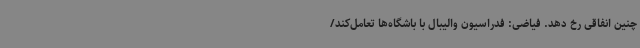
چنین انفاقی رخ دهد. فیاضی: فدراسیون والیبال با باشگاه‌ها تعامل‌کند/